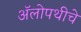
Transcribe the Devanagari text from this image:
अॅलोपथीचे